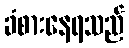
ခံစားနေရသည်